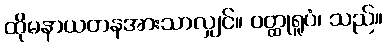
ထိုမနာယတနအားသာလျှင်။ ဝတ္ထုရူပံ၊ သည်။